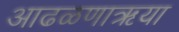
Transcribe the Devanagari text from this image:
आढळणाऋया